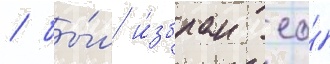
/ бы́л и́збран ео́